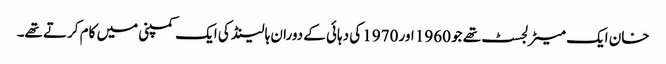
خان ایک میٹرلجسٹ تھے جو 1960 اور 1970 کی دہائی کے دوران ہالینڈ کی ایک کمپنی میں کام کرتے تھے۔